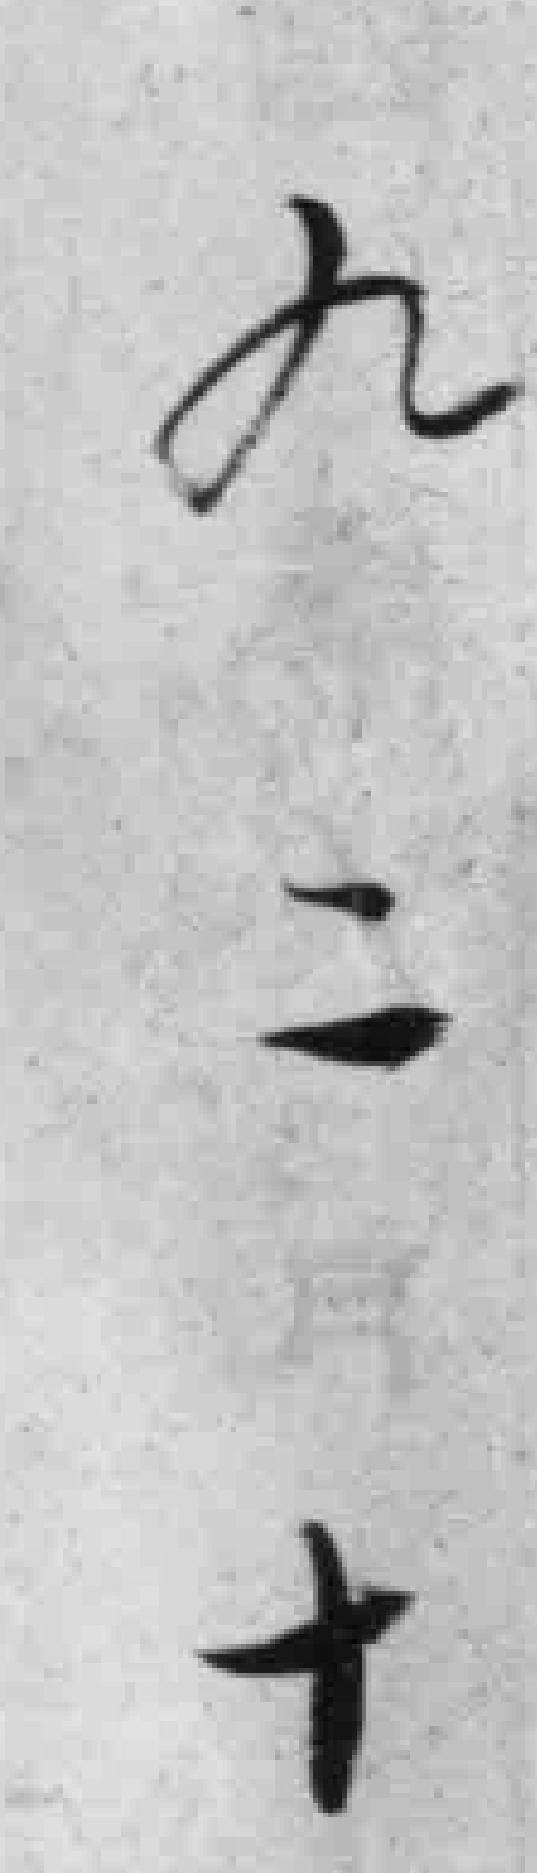
九二十